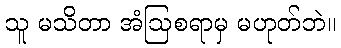
သူ မသိတာ အံဩစရာမှ မဟုတ်ဘဲ။